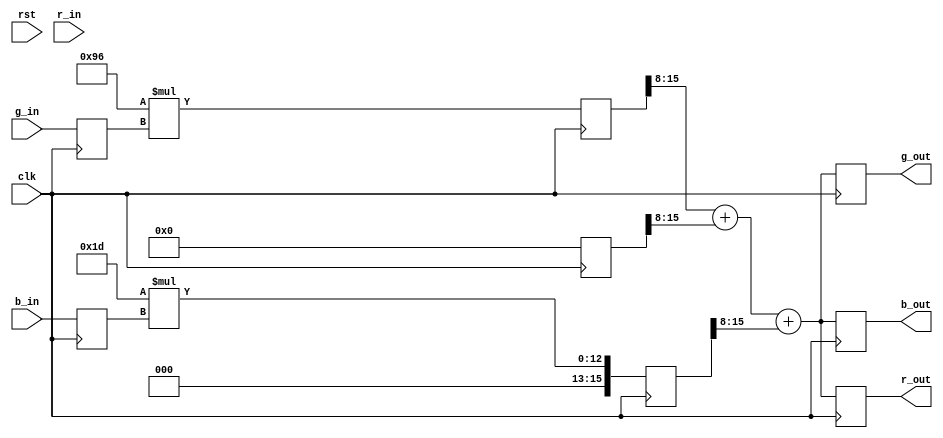
`timescale 1ns / 1ps
//////////////////////////////////////////////////////////////////////////////////
// Company: 
// 
// Design Name: 
// Module Name:    grayscale 
// Project Name: 
// Target Devices: 
// Tool versions: 
// Description: Implements conversion from RGB color to grayscale.
//              Pipelined with 3 stages.
//
// Dependencies: 
//
// Revision: 
// Revision 0.01 - File Created
// Additional Comments: 
//
//////////////////////////////////////////////////////////////////////////////////
module grayscale(
    input clk, rst,
    input [7:0] r_in, g_in, b_in,
    output [7:0] r_out, g_out, b_out
  );
  
  // Conversion from RGB color to grayscale
  // RGB(gray) = 0.2989R + 0.5870G + 0.1140B
  
  localparam R = 76;    // 0.2989
  localparam G = 150;   // 0.5870
  localparam B = 29;    // 0.1140
  
  reg [7:0] r0_q, g0_q, b0_q;     // latched inputs
  reg [15:0] r1_q, g1_q, b1_q;    // multiplied by R/G/B multipliers
  reg [7:0] r2_q, g2_q, b2_q;     // registered outputs
  
  // output assignment
  assign {r_out, g_out, b_out} = {r2_q, g2_q, b2_q};
  
  always @(posedge clk) begin
  
    // clock 1: latch inputs
    {r0_q, g0_q, b0_q} <= {r_in, g_in, b_in};
    
    // clock 2: multiply by R/G/B multipliers
    {r1_q, g1_q, b1_q} <= {R*r0_q, G*g0_q, B*b0_q};
    
    // clock 3: divide by 256 and add
    r2_q <= r1_q[15:8] + g1_q[15:8] + b1_q[15:8];
    g2_q <= r1_q[15:8] + g1_q[15:8] + b1_q[15:8];
    b2_q <= r1_q[15:8] + g1_q[15:8] + b1_q[15:8];
    
  end

endmodule